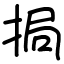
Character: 挶